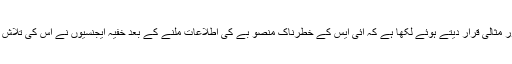
اخبار نے خفیہ ایجنسیوں کے اس آپریشن کو دلیرانہ اور مثالی قرار دیتے ہوئے لکھا ہے کہ آئی ایس کے خطرناک منصو بے کی اطلاعات ملنے کے بعد خفیہ ایجنسیوں نے اس کی تلاش اور شناخت کے بعد اس کو اپنے جال میں پھنسایا تھا۔